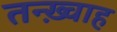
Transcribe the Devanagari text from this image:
तन्ख़्वाह